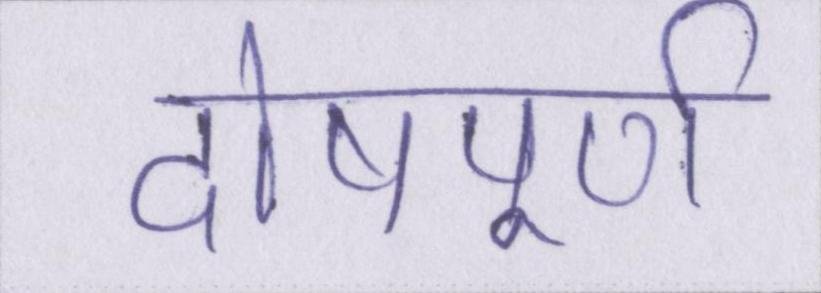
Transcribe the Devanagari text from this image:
दोषपूर्ण